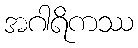
အဂါရိကဿ